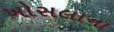
ખોસલાના